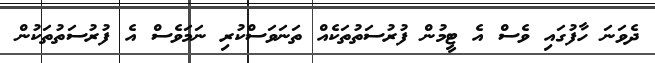
ދެވަނަ ހާފުގައި ވެސް އެ ޓީމުން ފުރުސަތުތަކެއް ތަނަވަސްކުރި ނަމަވެސް އެ ފުރުސަތުތަކުން